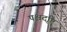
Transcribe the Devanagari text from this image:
पश्चदृष्टि